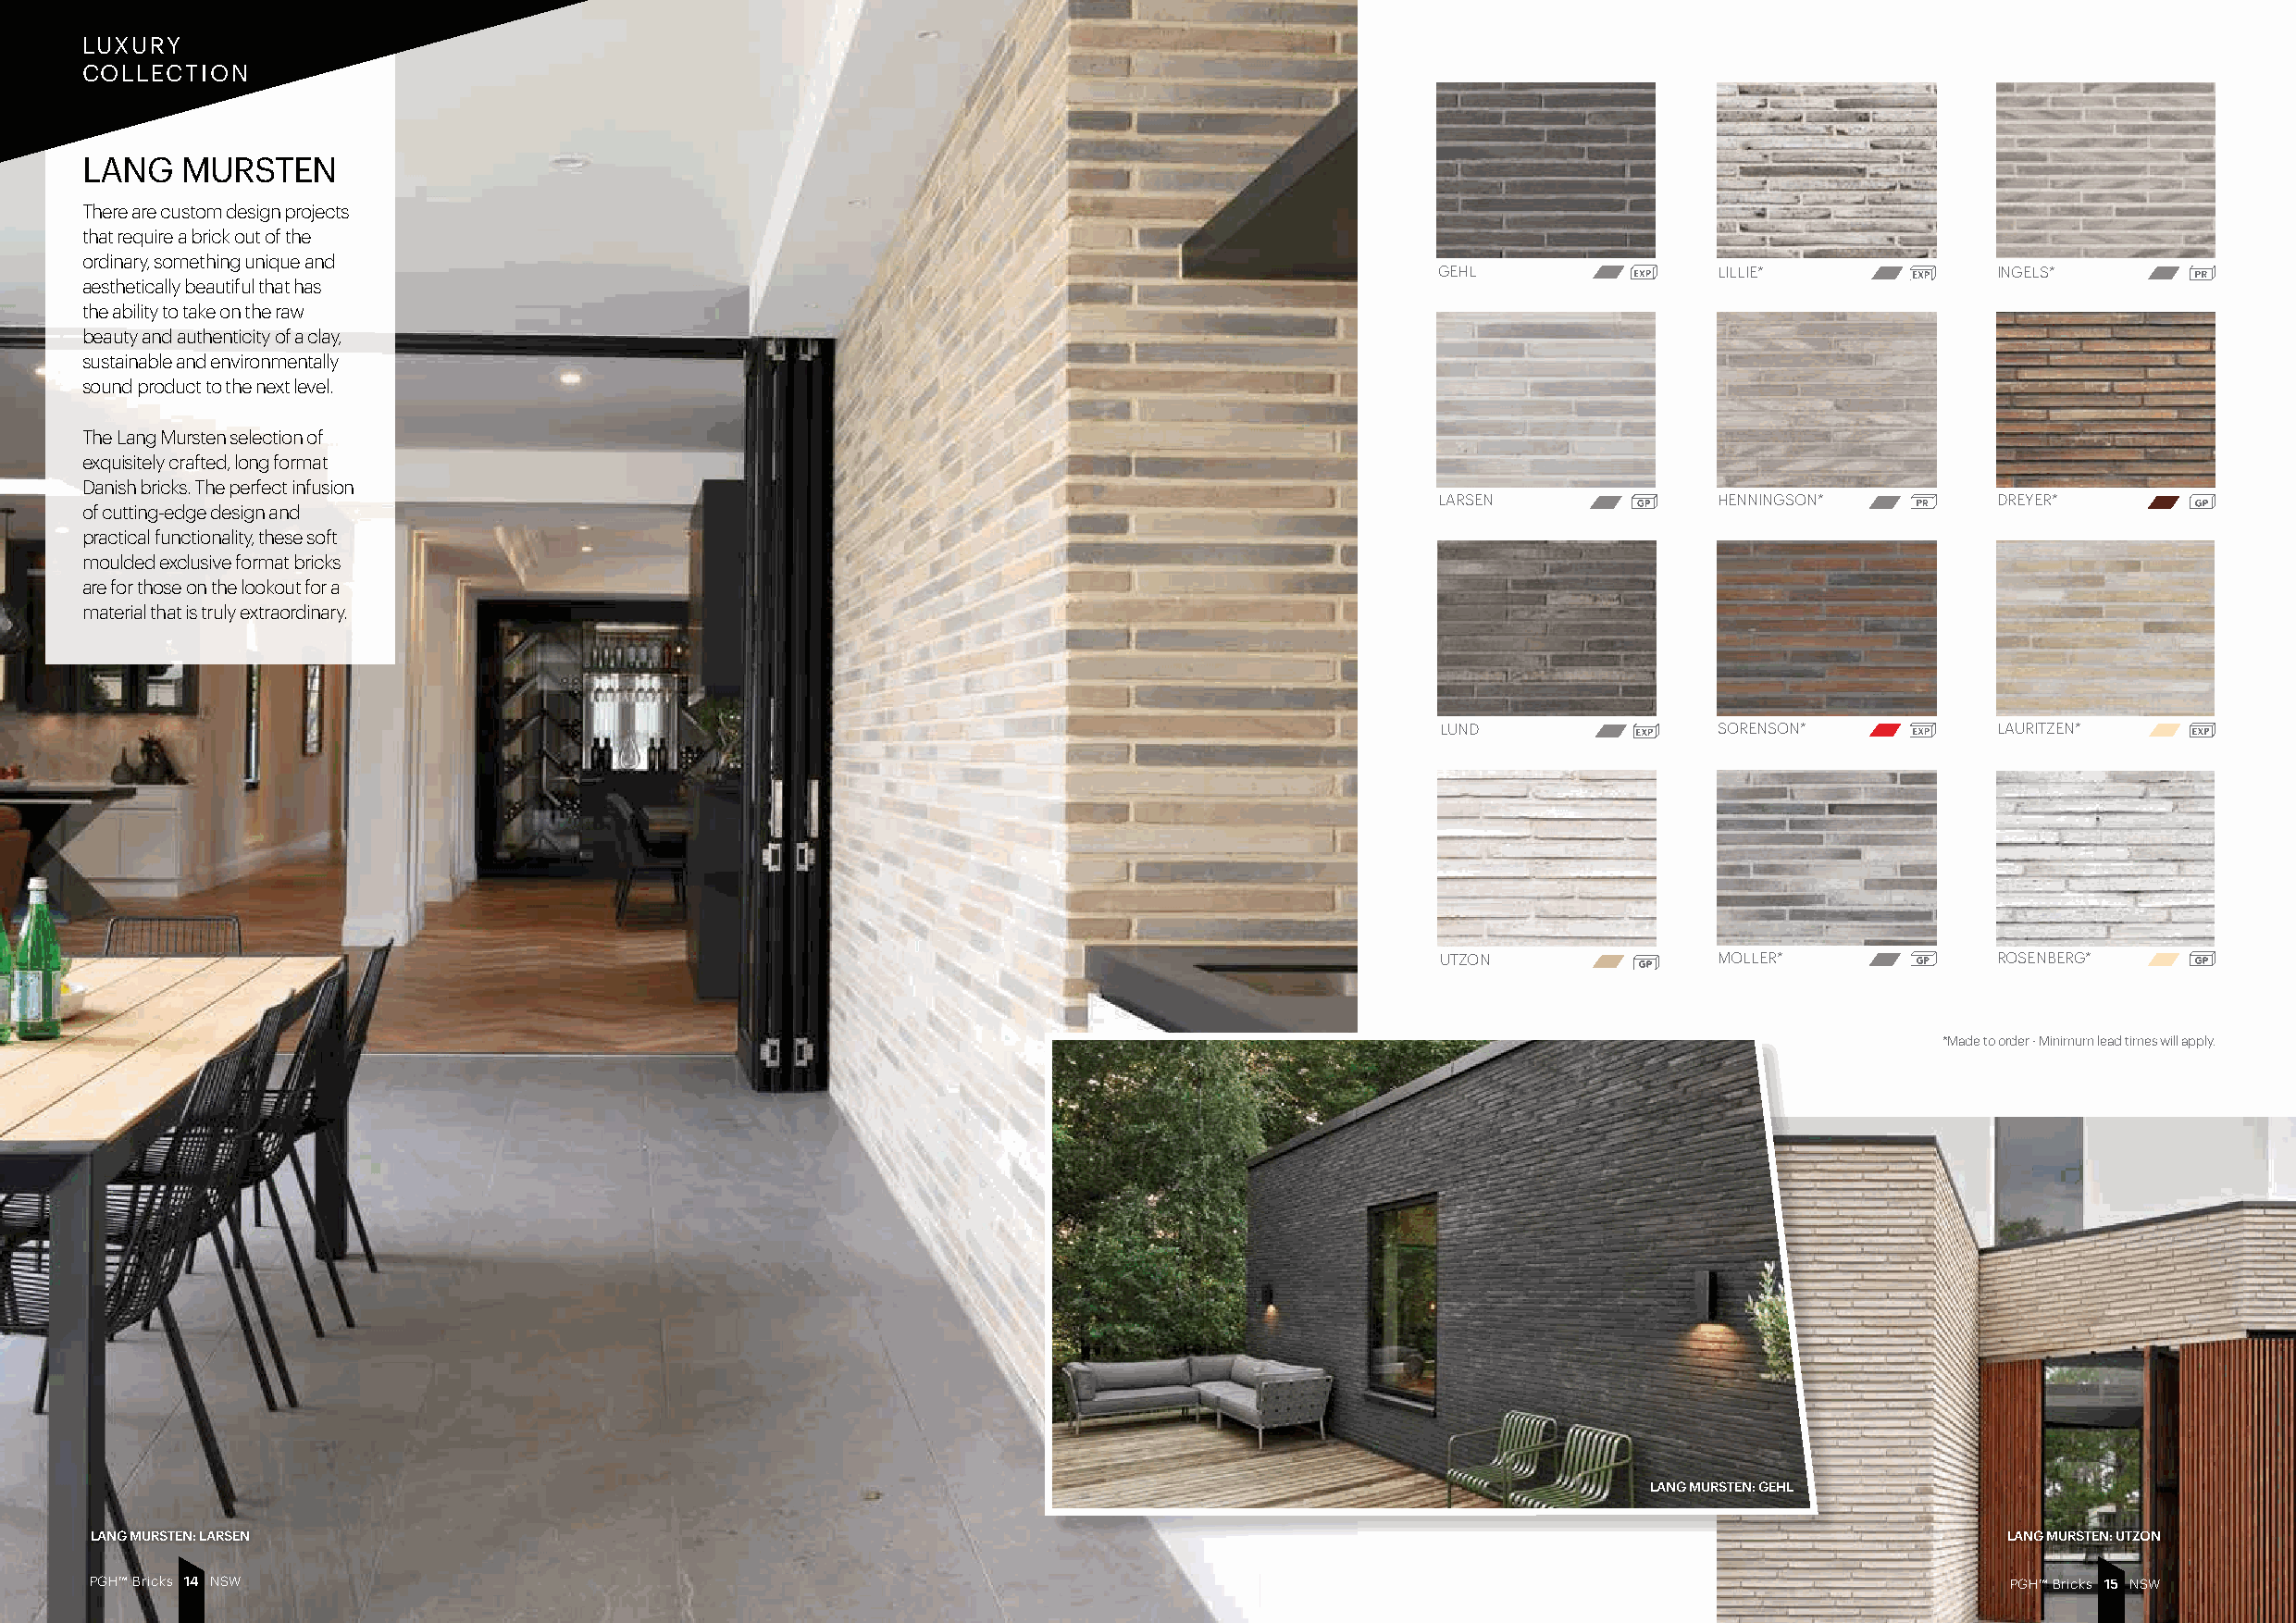
LUXURY
 COLLECTION
 LANG   MURSTEN
 There are custom design projects
 that require a brick out of the
 ordinary, something unique and
 GEHL                LILLIE*             INGELS*
 aesthetically beautiful that has
 the ability to take on the raw
 beauty and authenticity of a clay,
 sustainable and environmentally
 sound product to the next level.
 The Lang Mursten selection of
 exquisitely crafted, long format
 Danish bricks. The perfect infusion
 LARSEN              HENNINGSON*         DREYER*
 of cutting-edge design and
 practical functionality, these soft
 moulded exclusive format bricks
 are for those on the lookout for a
 material that is truly extraordinary.
 LUND                SORENSON*           LAURITZEN*
 UTZON               MOLLER*             ROSENBERG*
 *Made to order - Minimum lead times will apply.
 LANG MURSTEN: GEHL
 LANG MURSTEN: LARSEN                                                                                                                      LANG MURSTEN: UTZON
 PGH™ Bricks 1 4 NSW                                                                                                                       PGH™ Bricks 1 5 NSW